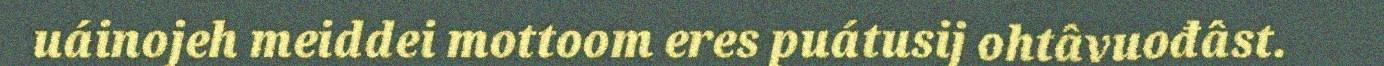
uáinojeh meiddei mottoom eres puátusij ohtâvuođâst.